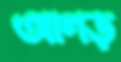
আগড়